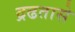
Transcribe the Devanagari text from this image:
द्रढतासे